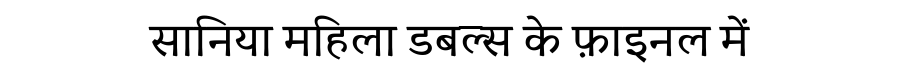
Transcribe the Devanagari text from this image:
सानिया महिला डबल्स के फ़ाइनल में